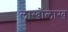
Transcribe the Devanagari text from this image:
लाखोंलाख